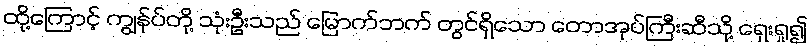
ထို့ကြောင့် ကျွန်ုပ်တို့ သုံးဦးသည် မြောက်ဘက် တွင်ရှိသော တောအုပ်ကြီးဆီသို့ ရှေးရှု၍